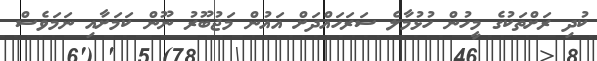
ކުދި ރަށްތަކުގެ މީހުން ހުޅުމާލެ ސަރަހައްދަށް އައުން މަޖުބޫރު ނޫން ކަމަށާއި ނަމަވެސް